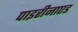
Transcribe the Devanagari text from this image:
पाइरीनाएड